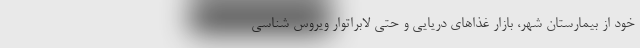
خود از بیمارستان شهر، بازار غذاهای دریایی و حتی لابراتوار ویروس شناسی